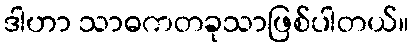
ဒါဟာ သာဓကတခုသာဖြစ်ပါတယ်။